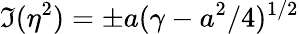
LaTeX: \Im(\eta^{2})=\pm a(\gamma-a^{2}/4)^{1/2}